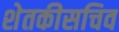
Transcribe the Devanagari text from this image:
शेतकीसचिव